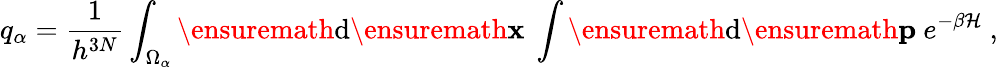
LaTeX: q_{\alpha}=\frac{1}{h^{3N}}\int_{\Omega_{\alpha}}\ensuremath{\mathrm{d}}\ensuremath{\mathbf{x}}\ \int\ensuremath{\mathrm{d}}\ensuremath{\mathbf{p}}\ e^{-\beta\mathcal{H}}\ ,